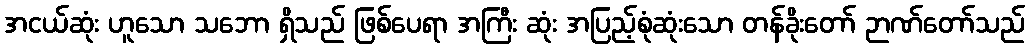
အငယ်ဆုံး ဟူသော သဘော ရှိသည် ဖြစ်ပေရာ အကြီး ဆုံး အပြည့်စုံဆုံးသော တန်ခိုးတော် ဉာဏ်တော်သည်